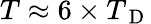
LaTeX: T\approx 6\times T_{\mathrm{~D~}}